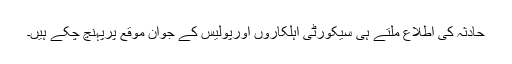
حادثہ کی اطلاع ملتے ہی سیکورٹی اہلکاروں اورپولیس کے جوان موقع پرپہنچ چکے ہیں۔